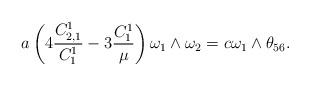
LaTeX: \begin{align*}a\left(4\frac{C^1_{2,1}}{C^1_1}-3\frac{C^1_1}{\mu}\right)\omega_1\wedge\omega_2=c\omega_1\wedge\theta_{56}.\end{align*}